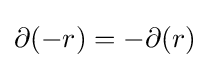
\partial (-r)=-\partial (r)